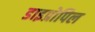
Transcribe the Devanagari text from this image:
डाइप्रोपिल